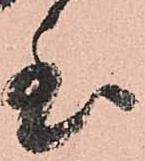
至